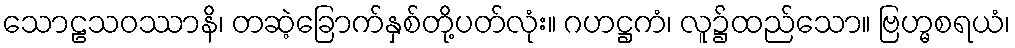
သောဠသဝဿာနိ၊ တဆဲ့ခြောက်နှစ်တို့ပတ်လုံး။ ဂဟဋ္ဌကံ၊ လူ၌ထည်သော။ ဗြဟ္မစရယံ၊